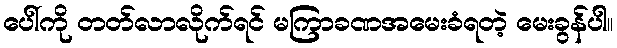
ပေါ်ကို တတ်လာလိုက်ရင် မကြာခဏအမေးခံရတဲ့ မေးခွန်ပါ။